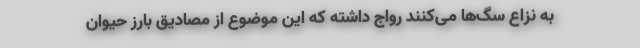
به نزاع سگ‌ها می‌کنند رواج داشته که این موضوع از مصادیق بارز حیوان